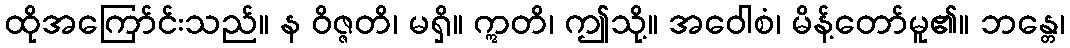
ထိုအကြော်င်းသည်။ န ဝိဇ္ဇတိ၊ မရှိ။ ဣတိ၊ ဤသို့။ အဝေါစံ၊ မိန့်တော်မူ၏။ ဘန္တေ၊